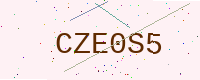
Text: CZE0S5